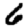
Digit: 6